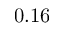
0 . 1 6